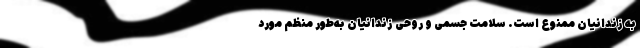
به زندانیان ممنوع است. سلامت جسمی و روحی زندانیان به‌طور منظم مورد